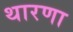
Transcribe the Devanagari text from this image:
थारणा